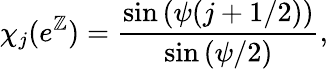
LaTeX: \chi_{j}(e^{\mathbb{Z}})={\frac{{\sin{(\psi(j+1/2))}}}{{\sin{(\psi/2)}}}},